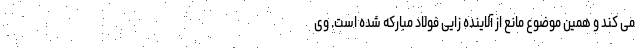
می کند و همین موضوع مانع از آلاینده زایی فولاد مبارکه شده است. وی